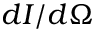
d I / d \Omega